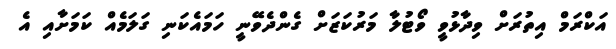
އަކްރަމް އިތުރަށް ވިދާޅުވީ ވޯޓުލާ މަރުކަޒަށް ގެންދެވޭނީ ހަމައެކަނި ގަލަމެއް ކަމަށާއި އެ